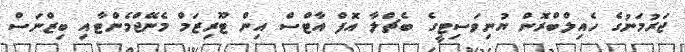
ޖަރުމަނުގެ ހެއިލްބްރޮން ޔުނިވަސިޓީގެ ބެޗްލާ އޮފް އާޓްސް އިން ޓޫރިޒަމް މެނޭޖްމެންޓާއި ބިޒްނަސް